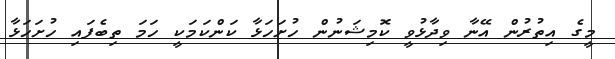
މީގެ އިތުރުން އޭނާ ވިދާޅުވީ ކޮމިޝަނުން ހުށަހަޅާ ކަންކަމަކީ ހަމަ ތިބެފައި ހުށަހަޅާ